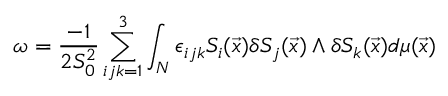
\omega = \frac { - 1 } { 2 S _ { 0 } ^ { 2 } } \sum _ { i j k = 1 } ^ { 3 } \int _ { N } \epsilon _ { i j k } S _ { i } ( \vec { x } ) \delta S _ { j } ( \vec { x } ) \wedge \delta S _ { k } ( \vec { x } ) d \mu ( \vec { x } )